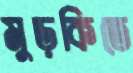
মুড়কিতে